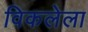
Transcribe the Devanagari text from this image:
विकलेला